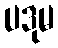
ပဒုမ